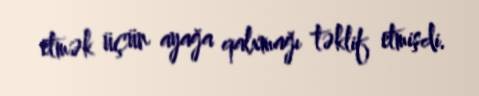
etmək üçün ayağa qalxmağı təklif etmişdi.